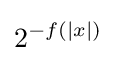
2^{-f(|x|)}